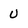
Character: U